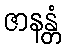
ဇာနန္တံ